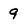
Character: 9